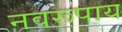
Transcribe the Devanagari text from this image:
नवरूपाय